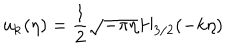
u _ { \bf k } ( \eta ) = \frac { 1 } { 2 } \sqrt { - \pi \eta } H _ { 3 / 2 } ( - k \eta )